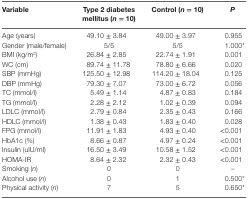
<table><thead><tr><td><b>Variable</b></td><td><b>Type 2 diabetes mellitus (<i>n</i> = 10)</b></td><td><b>Control (<i>n</i> = 10)</b></td><td><b><i>P</i></b></td></tr></thead><tbody><tr><td>Age (years)</td><td>49.10 ± 3.84</td><td>49.00 ± 3.97</td><td>0.955</td></tr><tr><td>Gender (male/female)</td><td>5/5</td><td>5/5</td><td>1.000*</td></tr><tr><td>BMI (kg/m<sup>2</sup>)</td><td>26.84 ± 2.85</td><td>22.74 ± 1.91</td><td>0.001</td></tr><tr><td>WC (cm)</td><td>89.74 ± 11.78</td><td>78.80 ± 6.66</td><td>0.020</td></tr><tr><td>SBP (mmHg)</td><td>125.50 ± 12.98</td><td>114.20 ± 18.04</td><td>0.125</td></tr><tr><td>DBP (mmHg)</td><td>79.30 ± 7.07</td><td>73.00 ± 6.72</td><td>0.056</td></tr><tr><td>TC (mmol/l)</td><td>5.49 ± 1.14</td><td>4.87 ± 0.83</td><td>0.184</td></tr><tr><td>TG (mmol/l)</td><td>2.28 ± 2.12</td><td>1.02 ± 0.39</td><td>0.094</td></tr><tr><td>LDLC (mmol/l)</td><td>2.79 ± 0.84</td><td>2.35 ± 0.43</td><td>0.166</td></tr><tr><td>HDLC (mmol/l)</td><td>1.38 ± 0.43</td><td>1.83 ± 0.40</td><td>0.028</td></tr><tr><td>FPG (mmol/l)</td><td>11.91 ± 1.83</td><td>4.93 ± 0.40</td><td>&lt;0.001</td></tr><tr><td>HbA1c (%)</td><td>8.66 ± 0.87</td><td>4.97 ± 0.24</td><td>&lt;0.001</td></tr><tr><td>Insulin (uIU/ml)</td><td>16.50 ± 3.49</td><td>10.58 ± 1.52</td><td>&lt;0.001</td></tr><tr><td>HOMA-IR</td><td>8.64 ± 2.32</td><td>2.32 ± 0.43</td><td>&lt;0.001</td></tr><tr><td>Smoking (<i>n</i>)</td><td>0</td><td>0</td><td>–</td></tr><tr><td>Alcohol use (<i>n</i>)</td><td>0</td><td>1</td><td>0.500*</td></tr><tr><td>Physical activity (<i>n</i>)</td><td>7</td><td>5</td><td>0.650*</td></tr></tbody></table>